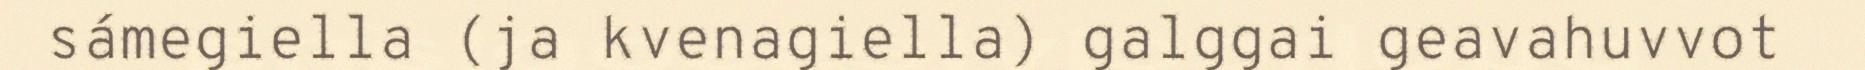
sámegiella (ja kvenagiella) galggai geavahuvvot